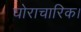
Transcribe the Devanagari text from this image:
घोराचारिक।